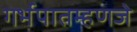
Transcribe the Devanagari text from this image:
गर्भपातम्हणजे